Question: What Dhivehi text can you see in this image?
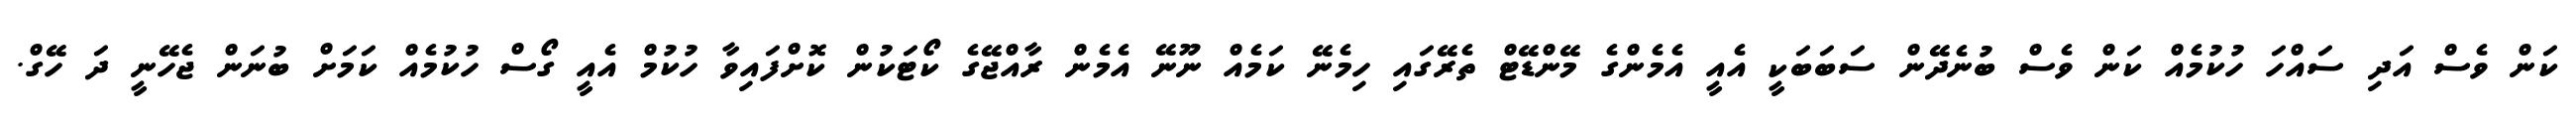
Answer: ކަން ވެސް އަދި ސައްހަ ހުކުމެއް ކަން ވެސް ބުނެދޭން ސަބަބަކީ އެއީ އެމެންގެ މޭންޑޭޓް ތެރޭގައި ހިމެނޭ ކަމެއް ނޫނޭ އެމެން ރާއްޖޭގެ ކޯޓަކުން ކޮށްފައިވާ ހުކުމް އެއީ ގޯސް ހުކުމެއް ކަމަށް ބުނަން ޖެހޭނީ ދަ ހޭގް.